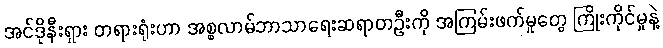
အင်ဒိုနီးရှား တရားရုံးဟာ အစ္စလာမ်ဘာသာရေးဆရာတဦးကို အကြမ်းဖက်မှုတွေ ကြိုးကိုင်မှုနဲ့